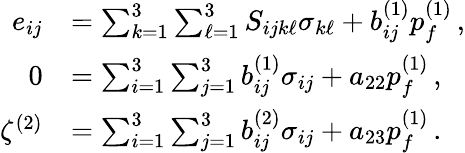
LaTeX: \begin{array}{rl}{e_{ij}}&{=\sum_{k=1}^{3}\sum_{\ell=1}^{3}S_{ijk\ell}\sigma_{k\ell}+b_{ij}^{(1)}p_{f}^{(1)}\, ,}\\ {0}&{=\sum_{i=1}^{3}\sum_{j=1}^{3}b_{ij}^{(1)}\sigma_{ij}+a_{22}p_{f}^{(1)}\, ,}\\ {\zeta^{(2)}}&{=\sum_{i=1}^{3}\sum_{j=1}^{3}b_{ij}^{(2)}\sigma_{ij}+a_{23}p_{f}^{(1)}\, .}\end{array}